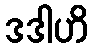
ဒဒါဟိ